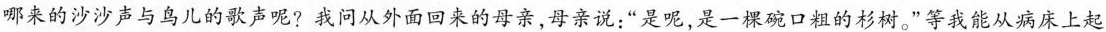
哪来的沙沙声与鸟儿的歌声呢？我问从外面回来的母亲，母亲说：”是呢，是一棵碗口粗的杉树。”等我能从病床上起